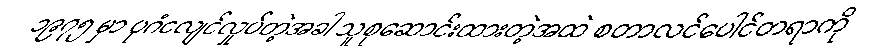
၁၉၇၅ မှာ ပုဂံငလျင်လှုပ်တဲ့အခါ သူစုဆောင်းထားတဲ့အထဲ စတာလင်ပေါင်တရာကို